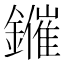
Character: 𨮑